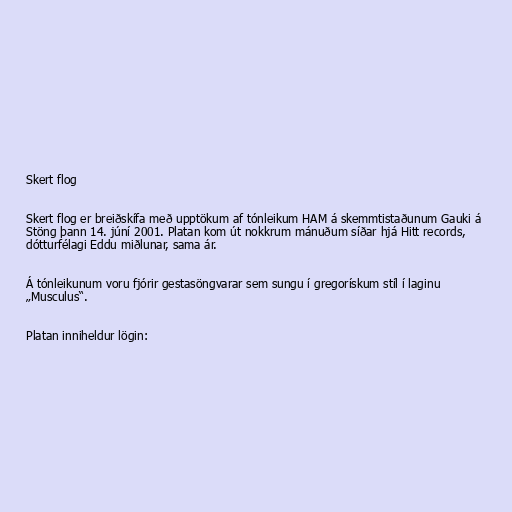
Skert flog

Skert flog er breiðskífa með upptökum af tónleikum HAM á skemmtistaðunum Gauki á
Stöng þann 14. júní 2001. Platan kom út nokkrum mánuðum síðar hjá Hitt records,
dótturfélagi Eddu miðlunar, sama ár.

Á tónleikunum voru fjórir gestasöngvarar sem sungu í gregorískum stíl í laginu
„Musculus“.

Platan inniheldur lögin: